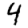
Digit: 4